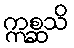
ဣစ္ဆသိ